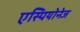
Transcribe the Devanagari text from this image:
एस्पियोनेज